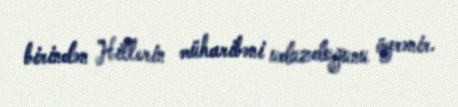
birindən Hitlerin müharibəni uduzduğunu öyrənir.